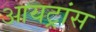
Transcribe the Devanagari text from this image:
आयट्रांस